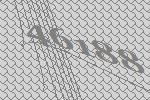
46188